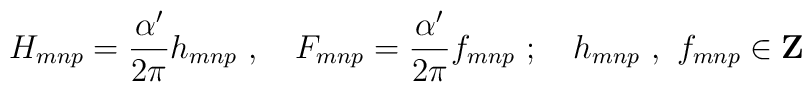
H_{mnp} = \frac{\alpha'}{2\pi} h_{mnp}\ ,\quad F_{mnp} =\frac{\alpha'}{2\pi} f_{mnp}\ ;\quad h_{mnp}\ ,\ f_{mnp} \in {\bf Z}